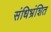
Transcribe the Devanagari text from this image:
संधिभ्रंशित